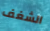
الشغف